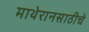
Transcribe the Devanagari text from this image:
माथेरानसाठीचे